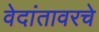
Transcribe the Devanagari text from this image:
वेदांतावरचे